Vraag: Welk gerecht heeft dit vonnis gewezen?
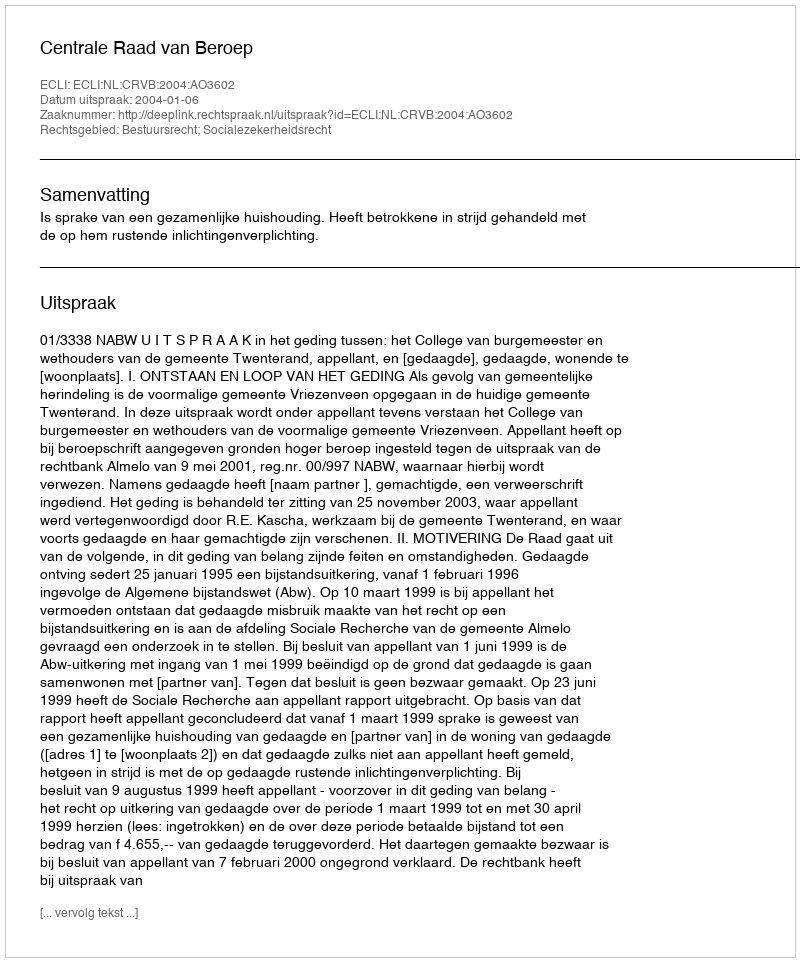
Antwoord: Centrale Raad van Beroep